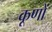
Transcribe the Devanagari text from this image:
कूणों